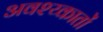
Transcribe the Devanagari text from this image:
अवश्य्कातों